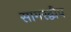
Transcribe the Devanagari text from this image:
सागरद्वीप